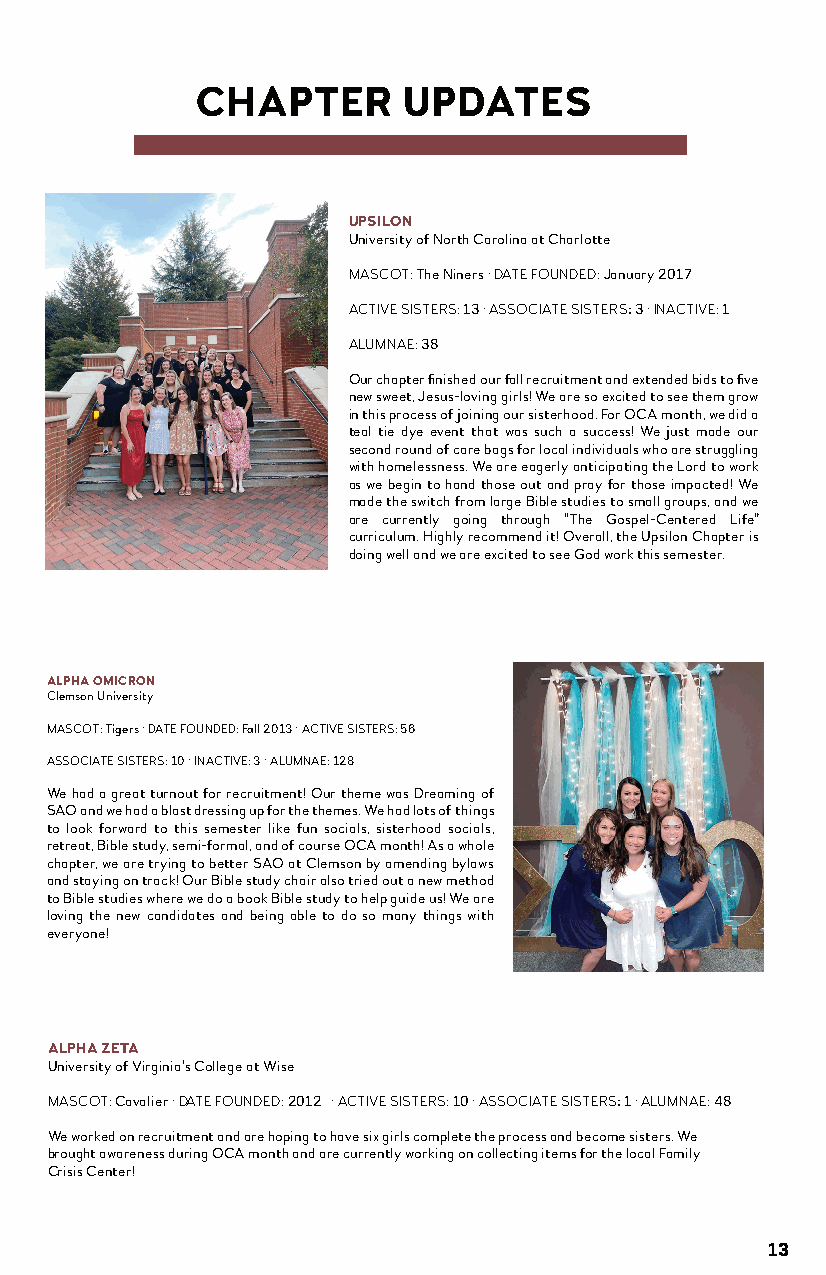
CHAPTER       UPDATES
 UPSILON
 University of North Carolina at Charlotte
 MASCOT: The Niners ·DATE FOUNDED: January 2017
 ACTIVE SISTERS: 13· ASSOCIATE SISTERS: 3 · INACTIVE: 1
 ALUMNAE: 38
 Our chapter finished ourfall recruitment and extended bids to five
 new sweet, Jesus-loving girls! We are so excited to see them grow
 in this process of joining our sisterhood. For OCA month, we did a
 teal tie dye event that was such a success! We just made our
 second round of care bags for local individuals who are struggling
 with homelessness. We are eagerly anticipating the Lord to work
 as we begin to hand those out and pray for those impacted! We
 made the switch from large Bible studies to small groups, and we
 are currently going through “The Gospel-Centered Life”
 curriculum. Highly recommend it! Overall, the Upsilon Chapter is
 doing well and we are excited to see God work this semester.
 ALPHA OMICRON
 Clemson University
 MASCOT: Tigers · DATE FOUNDED:Fall 2013 · ACTIVE SISTERS: 56
 ASSOCIATE SISTERS: 10 · INACTIVE: 3 · ALUMNAE: 128
 We had a great turnout for recruitment! Our theme was Dreaming of
 SAO and we had a blast dressing up for the themes. We had lots of things
 to look forward to this semester like fun socials, sisterhood socials,
 retreat, Bible study, semi-formal, and of course OCA month! As a whole
 chapter, we are trying to better SAO at Clemson by amending bylaws
 and staying on track! Our Bible study chair also tried out a new method
 to Bible studies where we do a book Bible study to help guide us! We are
 loving the new candidates and being able to do so many things with
 everyone!
 ALPHA ZETA
 University of Virginia’s College at Wise
 MASCOT: Cavalier · DATE FOUNDED: 2012 · ACTIVE SISTERS: 10 · ASSOCIATE SISTERS: 1 · ALUMNAE: 48
 We worked on recruitment and are hoping to have six girls complete the process and become sisters. We
 brought awareness during OCA month and are currently working on collecting items for the local Family
 Crisis Center!
 13